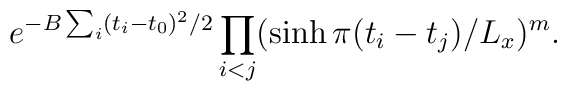
e^{-B \sum_i (t_i-t_0)^2/2}\prod_{i<j} (\sinh \pi (t_i-t_j)/L_x)^m.